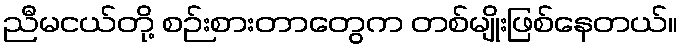
ညီမငယ်တို့ စဉ်းစားတာတွေက တစ်မျိုးဖြစ်နေတယ်။